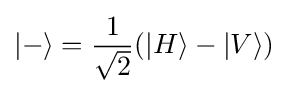
|-\rangle ={\frac {1}{\sqrt {2}}}(|H\rangle -|V\rangle )